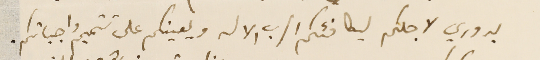
بدوري لاجلكم ليكافئكم الرب الاله ويعينكم على تتميم واجباتكم.